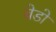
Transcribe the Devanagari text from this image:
बेडो